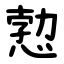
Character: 愂